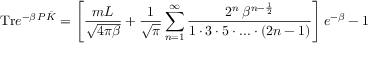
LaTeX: \mathrm { T r } e ^ { - \beta \, P \bar { \cal K } } = \left[ \frac { m L } { \sqrt { 4 \pi \beta } } + \frac { 1 } { \sqrt { \pi } } \sum _ { n = 1 } ^ { \infty } \frac { 2 ^ { n } \, \beta ^ { n - \frac { 1 } { 2 } } } { 1 \cdot 3 \cdot 5 \cdot . . . \cdot ( 2 n - 1 ) } \right] e ^ { - \beta } - 1